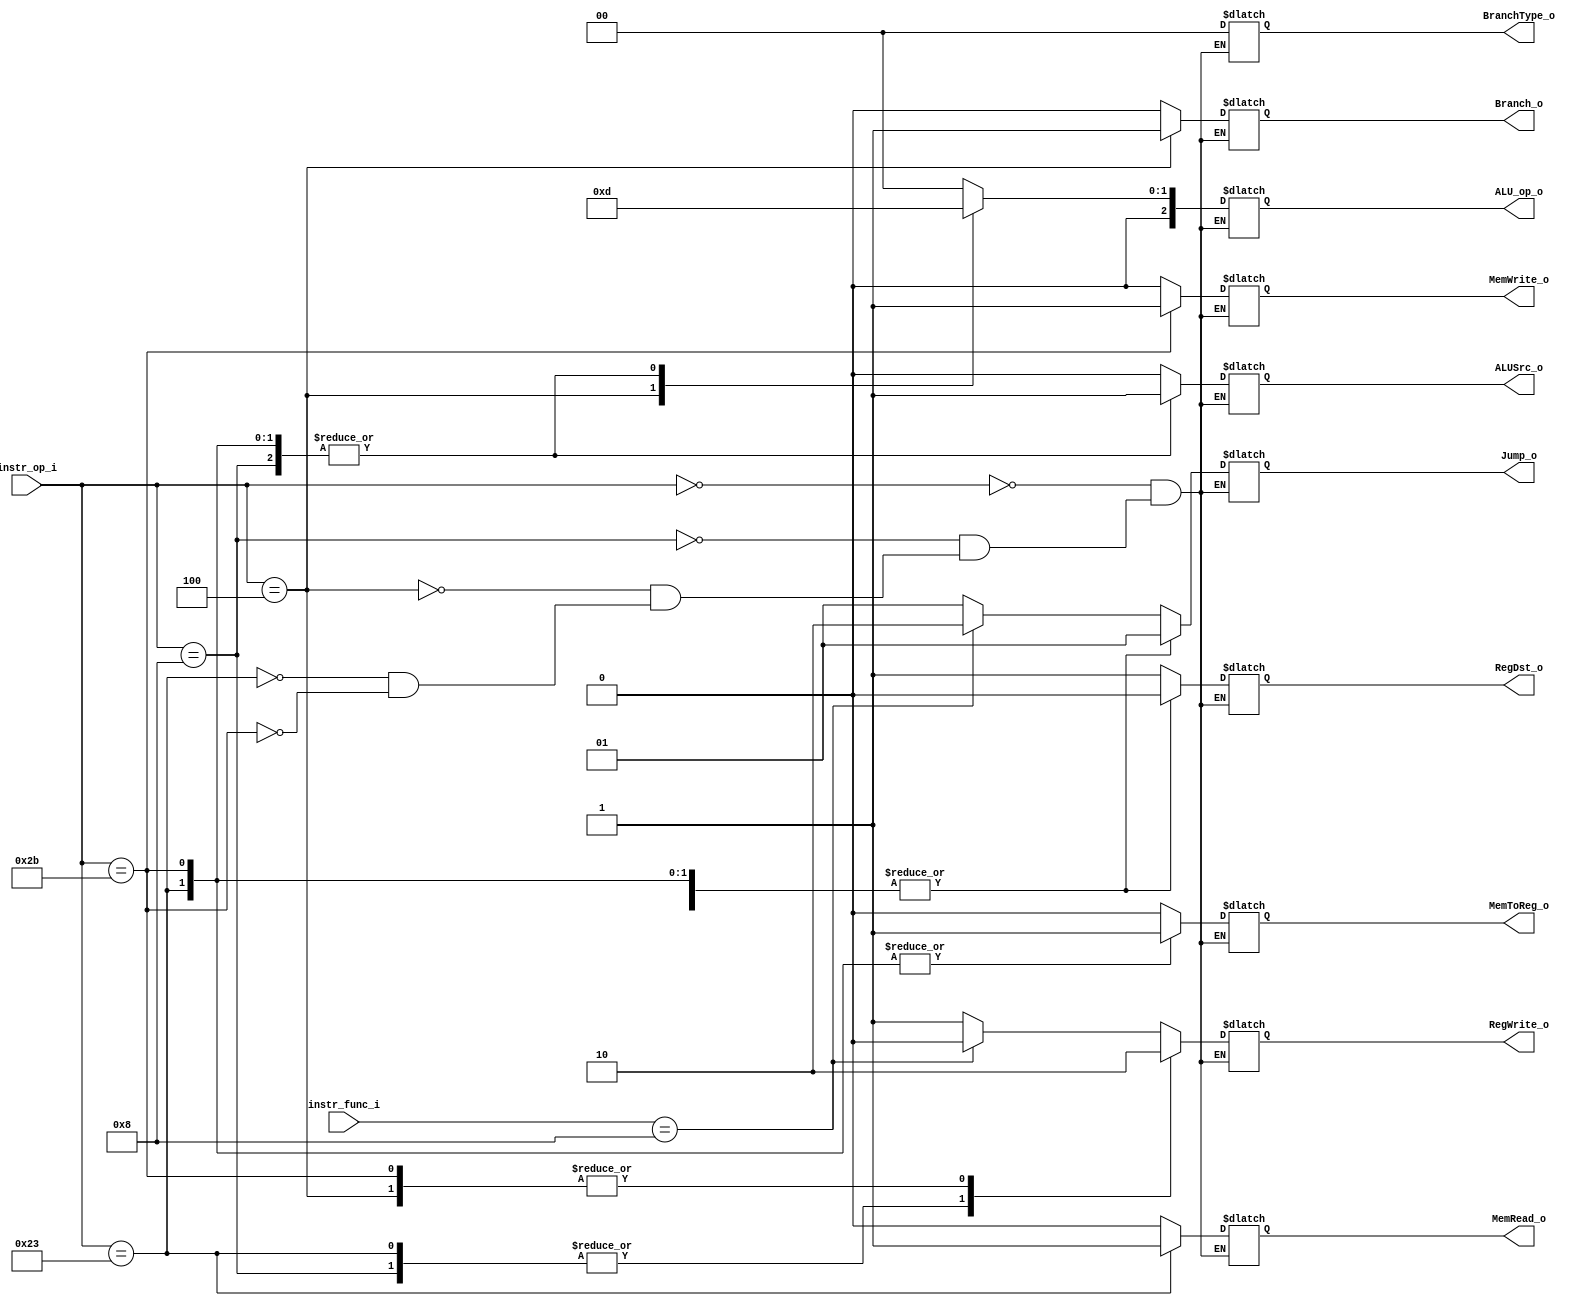
// 0416025 0416081
//Subject:     CO project 2 - Decoder
//--------------------------------------------------------------------------------
//Version:     1
//--------------------------------------------------------------------------------
//Writer:      
//----------------------------------------------
//Date:        
//----------------------------------------------
//Description: 
//--------------------------------------------------------------------------------

module Decoder(
   instr_op_i,
   instr_func_i,
	RegWrite_o,
	ALU_op_o,
	ALUSrc_o,
	RegDst_o,
	Branch_o,
	MemToReg_o, 
	BranchType_o,
	Jump_o, 
	MemRead_o, 
	MemWrite_o
	);
     
//I/O ports
input [6-1:0] instr_op_i;
input [6-1:0] instr_func_i;
output         RegWrite_o;
output [3-1:0] ALU_op_o;
output         ALUSrc_o;
output         RegDst_o;
output         Branch_o;
output [1:0]   Jump_o;
output         MemRead_o;
output         MemWrite_o;
output         MemToReg_o;
output [1:0] BranchType_o;

 
//Internal Signals
reg    [3-1:0] ALU_op_o;
reg            ALUSrc_o;
reg            RegWrite_o;
reg            RegDst_o;
reg            Branch_o;
reg    [1:0]   Jump_o;
reg            MemRead_o;
reg            MemWrite_o;
reg            MemToReg_o;
reg    [2-1:0] BranchType_o;

//Parameter


//Main function
always @(*)
begin
	case (instr_op_i)
		6'd0:    //add, sub, and, or, slt, sra, srav, mul
		begin
			MemRead_o <= 0;
			MemWrite_o <= 0;
			if(instr_func_i == 6'b001000)
			begin
				RegWrite_o <= 0;
				Jump_o <= 2'b10;
			end
			else
			begin
				RegWrite_o <= 1;				
				Jump_o <= 2'b01;
			end
			MemToReg_o <= 0;
			BranchType_o <= 2'b0;

			ALU_op_o <= 3'b000;
			RegDst_o <= 1;
			Branch_o <= 0;
			ALUSrc_o <= 0;
		end
		6'd8:    //addi
		begin
			MemRead_o <= 0;
			MemWrite_o <= 0;
			Jump_o <= 1;
			MemToReg_o <= 0;
			BranchType_o <= 2'b0;

			RegWrite_o <= 1;
			ALU_op_o <= 3'b001;
			ALUSrc_o <= 1;
			RegDst_o <= 0;
			Branch_o <= 0;
		end
		/*6'd9:    //sltiu
		begin
			MemRead_o <= 0;
			MemWrite_o <= 0;
			Jump_o <= 1;
			MemToReg_o <= 0;
			BranchType_o <= 2'b0;

			RegWrite_o <= 1;
			ALU_op_o <= 3'b010;
			ALUSrc_o <= 1;
			RegDst_o <= 0;
			Branch_o <= 0;
		end*/
		6'd4:    //beq
		begin
			MemRead_o <= 0;
			MemWrite_o <= 0;
			Jump_o <= 1;
			MemToReg_o <= 0;
			BranchType_o <= 0;

			RegWrite_o <= 0;
			ALU_op_o <= 3'b011;
			ALUSrc_o <= 0;
			RegDst_o <= 0;
			Branch_o <= 1;
		end

////////////////////////////////////////////////////////

		/*6'd15:    //lui
		begin
			MemRead_o <= 0;
			MemWrite_o <= 0;
			Jump_o <= 1;
			MemToReg_o <= 0;
			BranchType_o <= 2'b0;

			RegWrite_o <= 1;
			ALU_op_o <= 3'b001;
			ALUSrc_o <= 1;
			RegDst_o <= 0;
			Branch_o <= 0;
		end
		6'd13:    //ori
		begin
			MemRead_o <= 0;
			MemWrite_o <= 0;
			Jump_o <= 1;
			MemToReg_o <= 0;
			BranchType_o <= 2'b0;

			RegWrite_o <= 1;
			ALU_op_o <= 3'b101;
			ALUSrc_o <= 1;
			RegDst_o <= 0;
			Branch_o <= 0;
		end
		6'd5:    //bne
		begin
			MemRead_o <= 0;
			MemWrite_o <= 0;
			Jump_o <= 1;
			MemToReg_o <= 0;
			BranchType_o <= 2'b11;

			RegWrite_o <= 0;
			ALU_op_o <= 3'b111;
			ALUSrc_o <= 0;
			RegDst_o <= 0;
			Branch_o <= 1;
		end
		6'd6:    //ble
		begin
			MemRead_o <= 0;
			MemWrite_o <= 0;
			Jump_o <= 1;
			MemToReg_o <= 0;
			BranchType_o <= 2'b01;

			RegWrite_o <= 0;
			ALU_op_o <= 3'b110;
			ALUSrc_o <= 0;
			RegDst_o <= 0;
			Branch_o <= 1;
		end
		6'd1:    //bltz
		begin
			MemRead_o <= 0;
			MemWrite_o <= 0;
			Jump_o <= 1;
			MemToReg_o <= 0;
			BranchType_o <= 2'b10;

			RegWrite_o <= 0;
			ALU_op_o <= 3'b110;
			ALUSrc_o <= 0;
			RegDst_o <= 0;
			Branch_o <= 1;
		end*/
		6'b100011:  //lw
		begin
			MemRead_o <= 1;
			MemWrite_o <= 0;
			Jump_o <= 1;
			MemToReg_o <= 1;
			BranchType_o <= 2'b0;

			RegWrite_o <= 1;
			ALU_op_o <= 3'b001;
			ALUSrc_o <= 1;
			RegDst_o <= 0;
			Branch_o <= 0;
		end
		6'b101011:   //sw
		begin
			MemRead_o <= 0;
			MemWrite_o <= 1;
			Jump_o <= 1;
			MemToReg_o <= 1;
			BranchType_o <= 2'b0;

			RegWrite_o <= 0;
			ALU_op_o <= 3'b001;
			ALUSrc_o <= 1;
			RegDst_o <= 0;
			Branch_o <= 0;		
		end
		/*6'b000010:   //j
		begin

			MemRead_o <= 0;
			MemWrite_o <= 0;
			Jump_o <= 0;
			MemToReg_o <= 0;
			BranchType_o <= 2'b0;

			RegWrite_o <= 0;
			ALU_op_o <= 3'b001;
			ALUSrc_o <= 0;
			RegDst_o <= 0;
			Branch_o <= 0;			
		end
		6'b000011:   //jal
		begin

			MemRead_o <= 0;
			MemWrite_o <= 0;
			Jump_o <= 0;
			MemToReg_o <= 3;
			BranchType_o <= 2'b0;

			RegWrite_o <= 1;
			ALU_op_o <= 3'b001;
			ALUSrc_o <= 0;
			RegDst_o <= 2;
			Branch_o <= 0;			
		end*/
endcase
end

endmodule